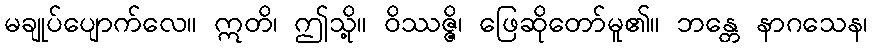
မချုပ်ပျောက်လေ။ ဣတိ၊ ဤသို့။ ဝိဿဇ္ဇိ၊ ဖြေဆိုတော်မူ၏။ ဘန္တေ နာဂသေန၊